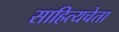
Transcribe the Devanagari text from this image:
साहित्यचेता